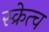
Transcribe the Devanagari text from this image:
स्क्रेत्च